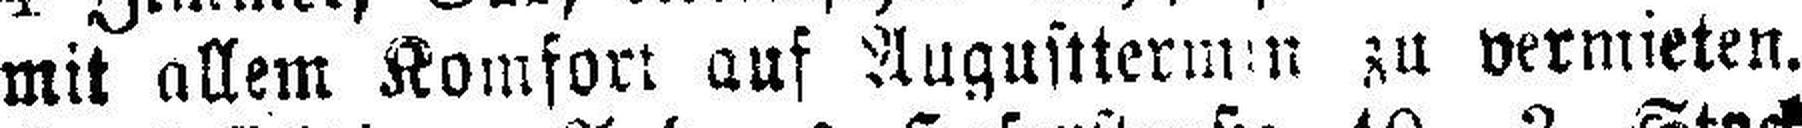
mit allem Komfort auf Augusttermin zu vermieten.